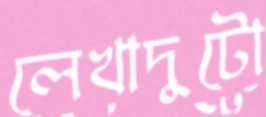
লেখাদুটো